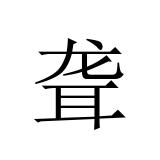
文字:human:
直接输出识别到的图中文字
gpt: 聋